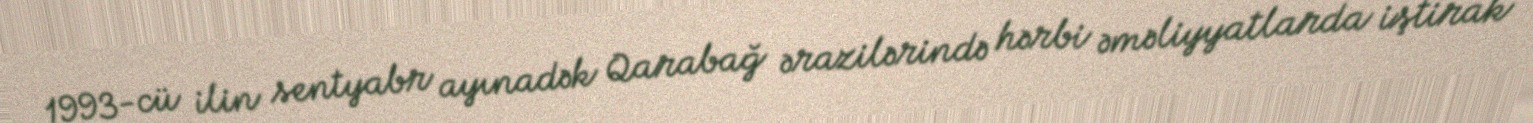
1993-cü ilin sentyabr ayınadək Qarabağ ərazilərində hərbi əməliyyatlarda iştirak